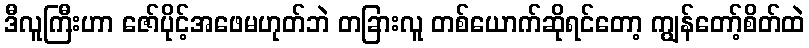
ဒီလူကြီးဟာ ဇော်ပိုင့်အဖေမဟုတ်ဘဲ တခြားလူ တစ်ယောက်ဆိုရင်တော့ ကျွန်တော့်စိတ်ထဲ